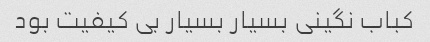
کباب نگینی بسیار بسیار بی کیفیت بود